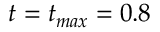
t = t _ { m a x } = 0 . 8